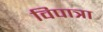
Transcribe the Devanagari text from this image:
विपात्रा